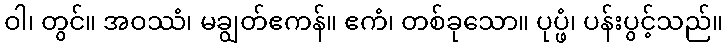
ဝါ၊ တွင်။ အဝဿံ၊ မချွတ်ဧကန်။ ဧကံ၊ တစ်ခုသော။ ပုပ္ဖံ၊ ပန်းပွင့်သည်။